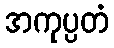
အကုပ္ပတံ